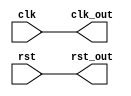
module primitive_clock_device(clk,
                              rst,
                              clk_out,
                              rst_out);

  parameter RESET_ACTIVE_HIGH = 0;

  input clk;
  input rst;
  output clk_out;
  output rst_out;

  assign clk_out = clk;
  assign rst_out = rst;

endmodule